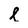
Character: l